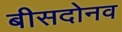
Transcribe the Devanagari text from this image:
बीसदोनव